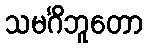
သမင်္ဂိဘူတော